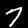
Label: 7